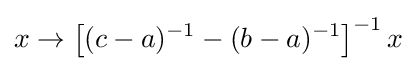
x\to \left[(c-a)^{-1}-(b-a)^{-1}\right]^{-1}x